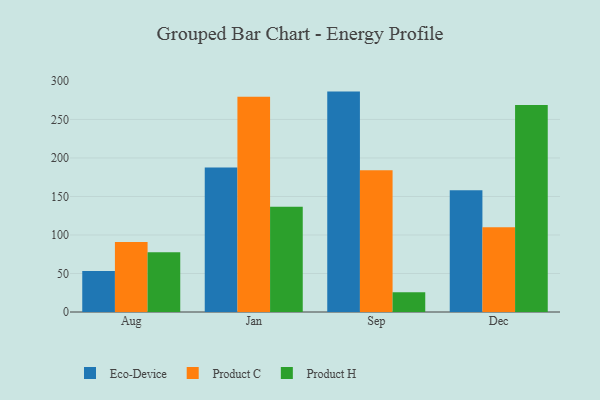
{"axis": {"x": "Month", "y": "Market Share (%)"}, "legend": ["Eco-Device", "Product C", "Product H"], "data": [{"x": "Aug", "y": 53.1, "type": "Eco-Device"}, {"x": "Aug", "y": 90.9, "type": "Product C"}, {"x": "Aug", "y": 77.6, "type": "Product H"}, {"x": "Jan", "y": 187.7, "type": "Eco-Device"}, {"x": "Jan", "y": 279.5, "type": "Product C"}, {"x": "Jan", "y": 136.8, "type": "Product H"}, {"x": "Sep", "y": 286.2, "type": "Eco-Device"}, {"x": "Sep", "y": 184.1, "type": "Product C"}, {"x": "Sep", "y": 25.5, "type": "Product H"}, {"x": "Dec", "y": 158.2, "type": "Eco-Device"}, {"x": "Dec", "y": 109.9, "type": "Product C"}, {"x": "Dec", "y": 268.7, "type": "Product H"}]}